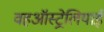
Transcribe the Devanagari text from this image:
वहऑस्ट्रेलियाई